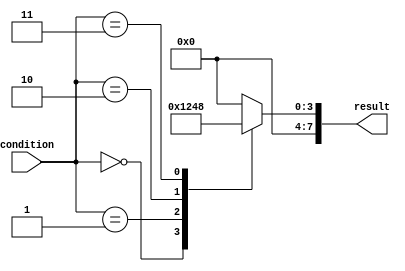
module parallel_case_statement(
    input [3:0] condition,
    output reg [7:0] result
);

always @(*) begin
    case (condition)
        4'b0000: begin
            result <= 8'b00000001;
        end
        4'b0001: begin
            result <= 8'b00000010;
        end
        4'b0010: begin
            result <= 8'b00000100;
        end
        4'b0011: begin
            result <= 8'b00001000;
        end
        default: begin
            result <= 8'b00000000;
        end
    endcase
end

endmodule